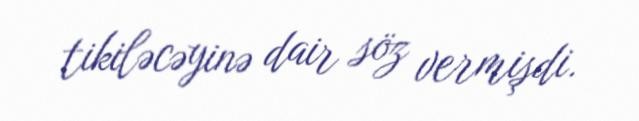
tikiləcəyinə dair söz vermişdi.